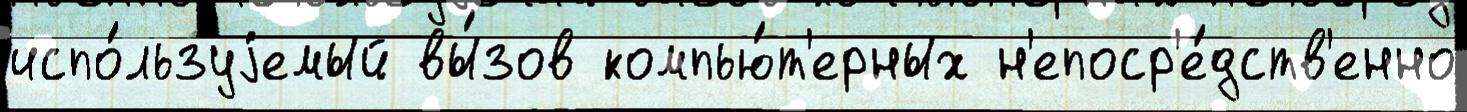
испо́льзуjемый вы́зов компью́т'ерных н'епоср'е́дств'енно